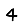
Digit: 4